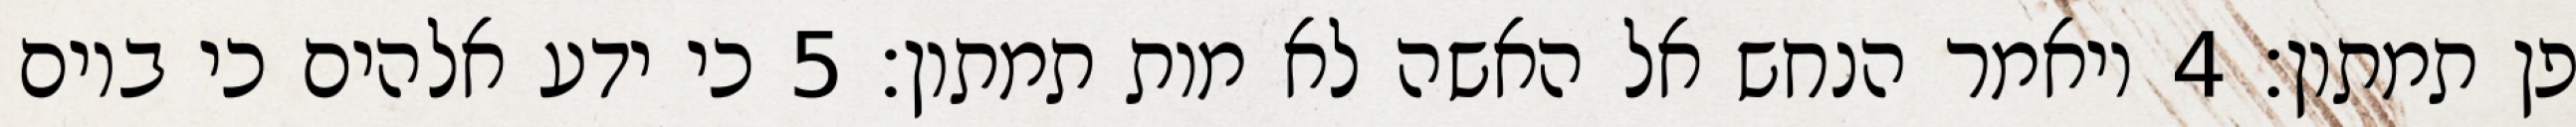
פן תמתון׃ ‎4‏ ויאמר הנחש אל האשה לא מות תמתון׃ ‎5‏ כי ידע אלהים כי ביום